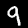
Digit: 9